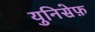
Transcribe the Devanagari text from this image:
युनिसेफ़